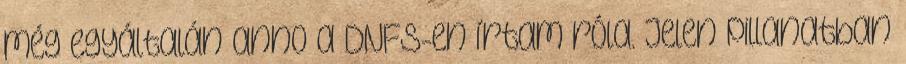
még egyáltalán anno a DNFS-en írtam róla. Jelen pillanatban